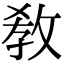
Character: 敎